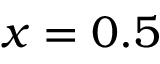
x = 0 . 5